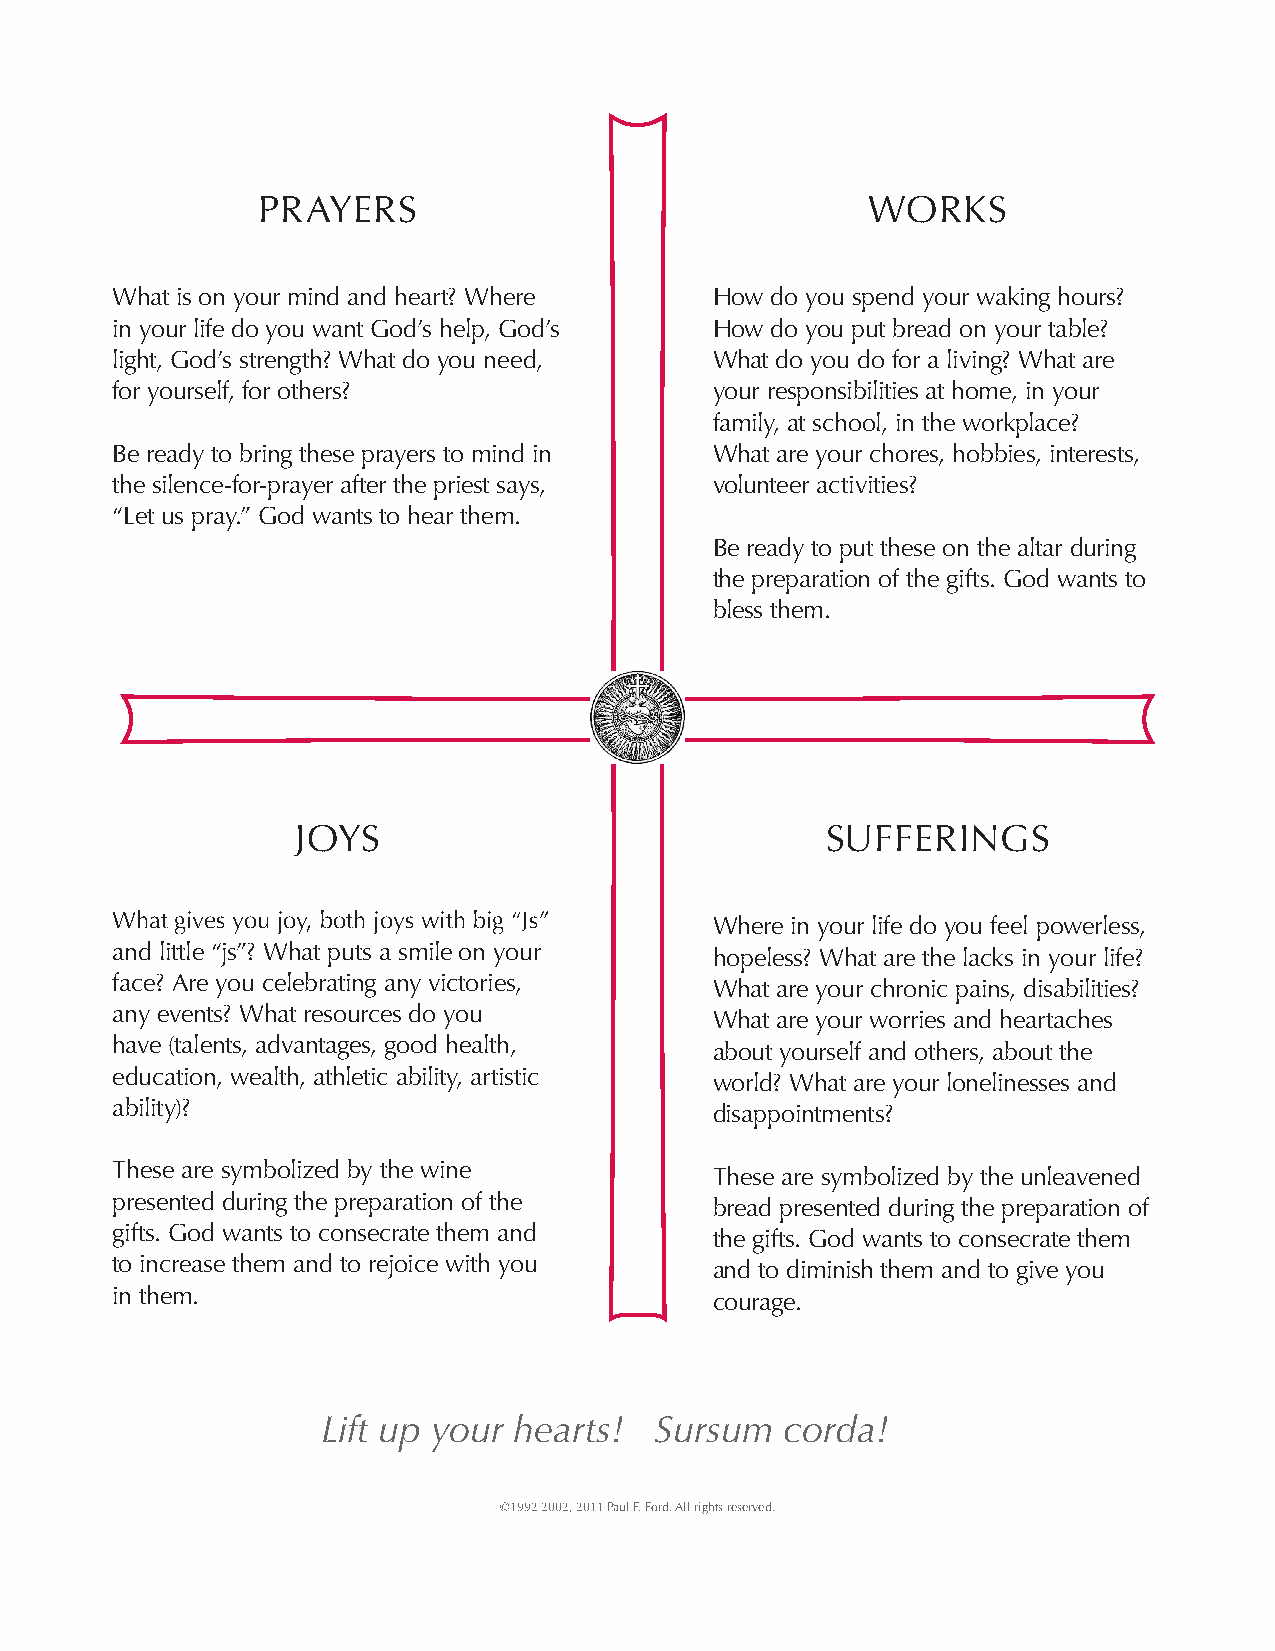
PRAYERS                                 WORKS
 What is on your mind and heart? Where   How do you spend your waking hours?
 in your life do you want God’s help, God’s How do you put bread on your table?
 light, God’s strength? What do you need, What do you do for a living? What are
 for yourself, for others?               your responsibilities at home, in your
 family, at school, in the workplace?
 Be ready to bring these prayers to mind in What are your chores, hobbies, interests,
 the silence-for-prayer after the priest says, volunteer activities?
 “Let us pray.” God wants to hear them.
 Be ready to put these on the altar during
 the preparation of the gifts. God wants to
 bless them.
 JOYS                               SUFFERINGS
 What gives you joy, both joys with big “Js” Where in your life do you feel powerless,
 and little “js”? What puts a smile on your hopeless? What are the lacks in your life?
 face? Are you celebrating any victories, What are your chronic pains, disabilities?
 any events? What resources do you       What are your worries and heartaches
 have (talents, advantages, good health, about yourself and others, about the
 education, wealth, athletic ability, artistic world? What are your lonelinesses and
 ability)?                               disappointments?
 These are symbolized by the wine        These are symbolized by the unleavened
 presented during the preparation of the bread presented during the preparation of
 gifts. God wants to consecrate them and the gifts. God wants to consecrate them
 to increase them and to rejoice with you and to diminish them and to give you
 in them.                                courage.
 Lift up your hearts!  Sursum   corda!
 ©1992 2002, 2011 Paul F. Ford. All rights reserved.